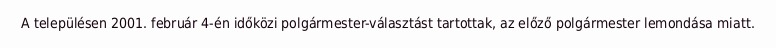
A településen 2001. február 4-én időközi polgármester-választást tartottak, az előző polgármester lemondása miatt.